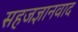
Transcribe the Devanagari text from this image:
सहजज्ञानवाद